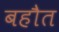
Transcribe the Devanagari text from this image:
बहौत